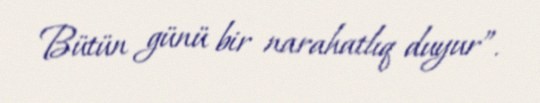
Bütün günü bir narahatlıq duyur”.